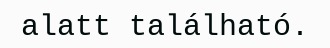
alatt található.